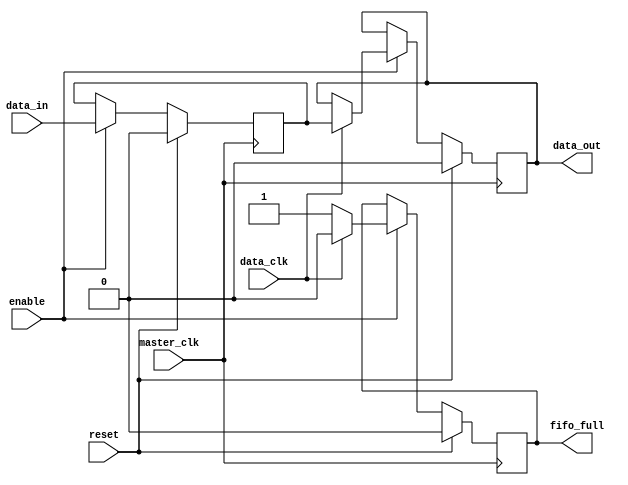
module fifo_buffer (
  input wire master_clk,
  input wire data_clk,
  input wire enable,
  input wire reset,
  input wire data_in,
  output reg fifo_full,
  output reg data_out
);

reg synchronized_data;

always @ (posedge master_clk) begin
  if (enable) begin
    synchronized_data <= data_in;
    
    if (data_clk) begin
      fifo_full <= 1'b0; // FIFO buffer is not full
      data_out <= synchronized_data;
    end else begin
      fifo_full <= 1'b1; // FIFO buffer is full
    end
  end
  
  if (reset) begin
    synchronized_data <= 1'b0;
    fifo_full <= 1'b0;
    data_out <= 1'b0;
  end
end

endmodule